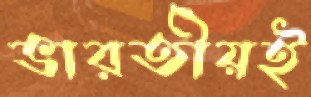
ভারতীয়ই